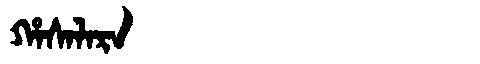
Manchu: ᡥᠠᠰᠠᠯᠠᡵᠠ
Romanization: HASALARA